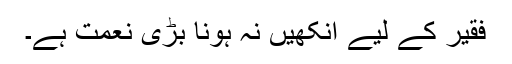
فقیر کے لیے آنکھیں نہ ہونا بڑی نعمت ہے۔